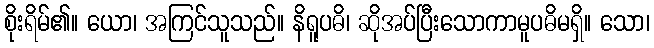
စိုးရိမ်၏။ ယော၊ အကြင်သူသည်။ နိရူပဓိ၊ ဆိုအပ်ပြီးသောကာမူပဓိမရှိ။ သော၊